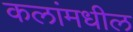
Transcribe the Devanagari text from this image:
कलांमधील